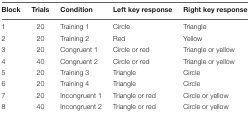
| Block | Trials | Condition | Left key response | Right key response |
 | --- | --- | --- | --- | --- |
 | 1 | 20 | Training 1 | Circle | Triangle |
 | 2 | 20 | Training 2 | Red | Yellow |
 | 3 | 20 | Congruent 1 | Circle or red | Triangle or yellow |
 | 4 | 40 | Congruent 2 | Circle or red | Triangle or yellow |
 | 5 | 20 | Training 3 | Triangle | Circle |
 | 6 | 20 | Training 4 | Triangle | Circle |
 | 7 | 20 | Incongruent 1 | Triangle or red | Circle or yellow |
 | 8 | 40 | Incongruent 2 | Triangle or red | Circle or yellow |